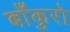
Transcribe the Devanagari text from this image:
बाँकुरो